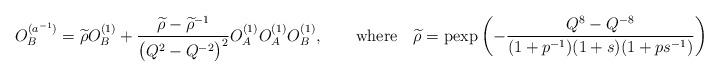
LaTeX: \begin{align*}O_B^{(a^{-1})}=\widetilde\rho O_B^{(1)}+\frac{\widetilde\rho-\widetilde\rho^{-1}}{\big(Q^2-Q^{-2}\big)^2}O_A^{(1)}O_A^{(1)}O_B^{(1)},\qquad\textrm{where}\quad\widetilde\rho=\mathrm{pexp}\left(-\frac{Q^8-Q^{-8}}{(1+p^{-1})(1+s)(1+ps^{-1})}\right).\end{align*}